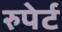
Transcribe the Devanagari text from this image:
रुपेर्ट